Lunatic asylums Central Provinces reports 1886-1894 - 1886-1894
Year: 1886
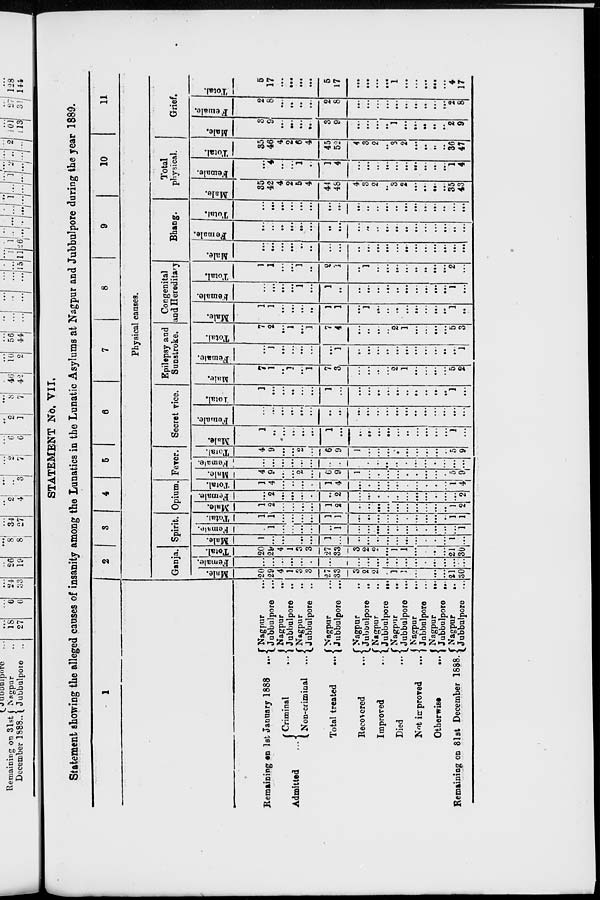
STATEMENT No. VII.
Statement showing the alleged causes of insanity among the Lunatics in the Lunatic Asylums at Nagpur and Jubbulpore during the year 1889.
1
Remaining on 1st January 1888 ...
Admitted
Criminal
...
Non-criminal
...
Total treated
...
Recovered
...
Improved
...
Died
...
Not improved
...
Otherwis
...
Remaining on 31st December 1888.
Nagpur
...
Jubbulpore ...
Nagpur
...
Jubbulpore ...
Nagpur ...
Jubbulpore ...
Nagpur ...
Jubbulpore ...
Nagpur ...
Jubbulpore ...
Nagpur ...
Jubblpore ...
Nagpur ...
Jubbulpore ...
Nagpur ...
Jabbulpore ...
Nagpur
...
Jubbulpore ...
Nagpur
...
Jubbulpore ...
2 3 4 5 6
7
8
9
10
11
Physical causes.
Ganja.
Male.
20
29
4
1
3
3
27
33
3
2
2
...
1
1
...
...
...
...
21
30
Female.
...
...
...
...
...
...
...
...
...
...
...
...
...
...
...
...
...
...
...
...
Total.
20
29
4
1
3
3
27
33
3
2
2
...
1
1
...
...
...
...
21
30
Spirit.
Male.
1
...
...
...
...
...
1
...
...
...
...
...
...
...
...
...
...
...
1
...
Female.
...
1
...
...
...
...
...
1
...
...
...
...
...
...
...
...
...
...
...
1
Total.
1
1
...
...
...
...
1
1
...
...
...
...
...
...
...
...
...
...
1
1
Opium.
Male.
1
2
...
...
...
...
1
2
...
...
...
...
...
...
...
...
...
...
1
2
Female.
...
2
...
...
...
...
...
2
...
...
...
...
...
...
...
...
...
...
...
2
Total.
1
4
...
...
...
...
1
4
...
...
...
...
...
...
...
...
...
...
1
4
Fever.
Male.
4
9
...
...
2
...
6
9
1
...
...
...
...
...
...
...
...
...
5
9
Female.
...
...
...
...
...
...
...
...
...
...
...
...
...
...
...
...
...
...
...
...
Total.
4
9
...
...
2
...
6
9
1
...
...
...
...
...
...
...
...
...
5
9
Secret vice.
Male.
1
...
...
...
...
...
1
...
...
...
...
...
...
...
...
...
...
...
1
...
Female.
...
...
...
...
...
...
...
...
...
...
...
...
...
...
...
...
...
...
...
...
Total.
1
...
...
...
...
...
1
...
...
...
...
...
...
...
...
...
...
...
1
...
Epilepsy and
Sunstroke.
Male.
7
1
..
1
...
1
7
3
...
...
...
...
2
1
...
...
...
...
5
2
Female.
...
1
...
...
...
...
...
1
...
...
...
...
...
...
...
...
...
...
...
1
Total.
7
2
...
1
...
1
7
4
...
...
...
...
2
1
...
...
...
...
5
3
Congenital
and Hereditary
Male.
1
1
...
...
...
...
1
1
...
1
...
...
...
...
...
...
...
...
1
...
Female.
...
...
...
...
1
...
1
...
...
...
...
...
..
...
...
...
...
...
1
...
Total.
1
1
...
...
1
...
2
1
...
1
...
...
...
...
...
...
...
...
2
...
Bhang.
Male.
...
...
...
...
...
...
...
...
...
...
...
...
...
...
...
...
...
...
...
...
Female.
...
...
...
...
...
...
...
...
...
...
...
....
...
...
...
...
...
...
...
...
Total.
...
...
...
...
...
...
...
...
...
...
...
...
...
...
...
...
...
...
...
Total
physical.
Male.
35
42
4
2
5
4
44
48
4
3
2
...
3
2
...
...
...
...
35
43
Female.
...
4
...
...
1
...
1
4
...
...
...
...
...
...
...
...
...
...
1
4
Total.
35
46
4
2
6
4
45
52
4
3
2
...
3
2
...
...
...
...
36
47
Grief.
Male.
3
9
...
...
...
...
3
9
...
...
...
...
1
...
...
...
...
...
2
9
Female.
2
8
...
...
...
...
2
8
...
...
...
...
...
...
...
...
...
...
2
8
Total.
5
17
...
...
...
...
5
17
...
...
...
...
1
...
...
...
...
...
4
17